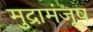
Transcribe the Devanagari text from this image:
मुद्रामंजूष